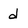
Character: d